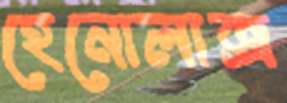
হেনোলাক্স